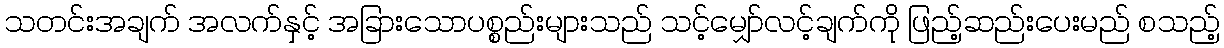
သတင်းအချက် အလက်နှင့် အခြားသောပစ္စည်းများသည် သင့်မျှော်လင့်ချက်ကို ဖြည့်ဆည်းပေးမည် စသည့်